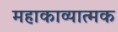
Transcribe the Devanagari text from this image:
महाकाव्‍यात्‍मक